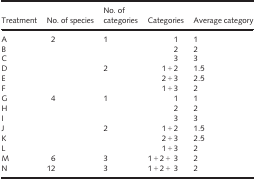
<table><thead><tr><td><b>Treatment</b></td><td><b>No. of species</b></td><td><b>No. of categories</b></td><td><b>Categories</b></td><td><b>Average category</b></td></tr></thead><tbody><tr><td>A</td><td>2</td><td>1</td><td>1</td><td>1</td></tr><tr><td>B</td><td></td><td></td><td>2</td><td>2</td></tr><tr><td>C</td><td></td><td></td><td>3</td><td>3</td></tr><tr><td>D</td><td></td><td>2</td><td>1 + 2</td><td>1.5</td></tr><tr><td>E</td><td></td><td></td><td>2 + 3</td><td>2.5</td></tr><tr><td>F</td><td></td><td></td><td>1 + 3</td><td>2</td></tr><tr><td>G</td><td>4</td><td>1</td><td>1</td><td>1</td></tr><tr><td>H</td><td></td><td></td><td>2</td><td>2</td></tr><tr><td>I</td><td></td><td></td><td>3</td><td>3</td></tr><tr><td>J</td><td></td><td>2</td><td>1 + 2</td><td>1.5</td></tr><tr><td>K</td><td></td><td></td><td>2 + 3</td><td>2.5</td></tr><tr><td>L</td><td></td><td></td><td>1 + 3</td><td>2</td></tr><tr><td>M</td><td>6</td><td>3</td><td>1 + 2 +3</td><td>2</td></tr><tr><td>N</td><td>12</td><td>3</td><td>1 + 2 +3</td><td>2</td></tr></tbody></table>